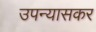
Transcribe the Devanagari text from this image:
उपन्यासकर